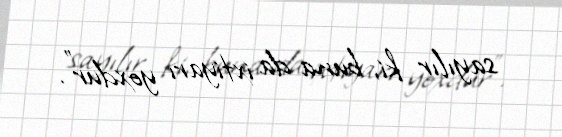
sayılır ki, buna da ixtiyarı yoxdur”.